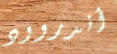
أندروود